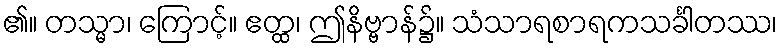
၏။ တသ္မာ၊ ကြောင့်။ ဧတ္ထ၊ ဤနိဗ္ဗာန်၌။ သံသာရစာရကသင်္ခါတဿ၊